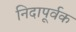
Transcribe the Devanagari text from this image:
निदापूर्वक